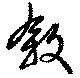
敘